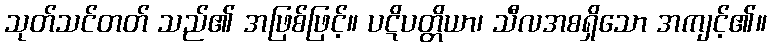
သုတ်သင်တတ် သည်၏ အဖြစ်ဖြင့်။ ပဋိပတ္တိယာ၊ သီလအစရှိသော အကျင့်၏။